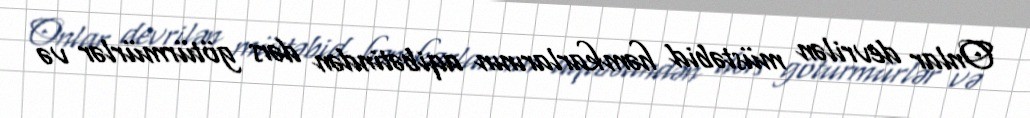
Onlar devrilən müstəbid həmkarlarının aqibətindən dərs götürmürlər və